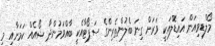
މޯލްޑިވިއަން އައިޑޮލްއަކީ ވަރަށް ގިނަ ބެލުންތެރިންގެ ސަޕޯޓާއެކީ ބާއްވަމުންދާ ޝޯއެއް ކަމަށާއި މި